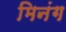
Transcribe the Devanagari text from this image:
मिनंग